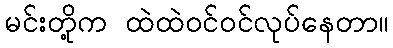
မင်းတို့က ထဲထဲဝင်ဝင်လုပ်နေတာ။